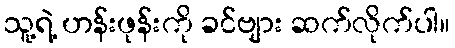
သူ့ရဲ့ ဟန်းဖုန်းကို ခင်ဗျား ဆက်လိုက်ပါ။